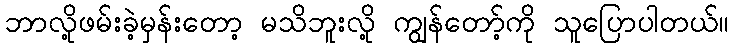
ဘာလို့ဖမ်းခဲ့မှန်းတော့ မသိဘူးလို့ ကျွန်တော့်ကို သူပြောပါတယ်။